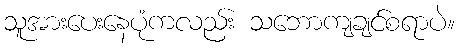
သူအားပေးနေပုံကလည်း သဘောကျချင်စရာပဲ။